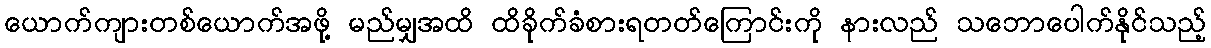
ယောက်ကျားတစ်ယောက်အဖို့ မည်မျှအထိ ထိခိုက်ခံစားရတတ်ကြောင်းကို နားလည် သဘောပေါက်နိုင်သည့်